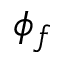
\phi _ { f }